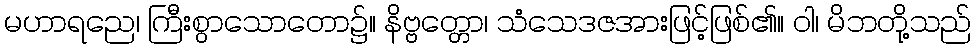
မဟာရညေ၊ ကြီးစွာသောတော၌။ နိဗ္ဗတ္တော၊ သံသေဒဇအားဖြင့်ဖြစ်၏။ ဝါ၊ မိဘတို့သည်